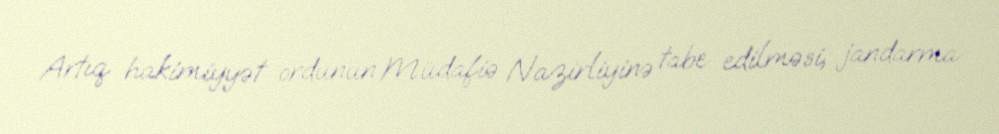
Artıq hakimiyyət ordunun Müdafiə Nazirliyinə tabe edilməsi, jandarma